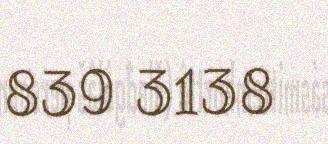
839 3138